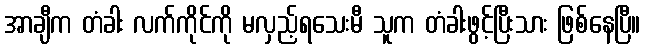
အာချီက တံခါး လက်ကိုင်ကို မလှည့်ရသေးမီ သူက တံခါးဖွင့်ပြီးသား ဖြစ်နေပြီ။